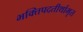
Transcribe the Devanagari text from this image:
भक्तिपदतीर्थामृत